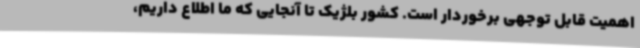
اهمیت قابل توجهی برخوردار است. کشور بلژیک تا آنجایی که ما اطلاع داریم،